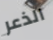
الذعر